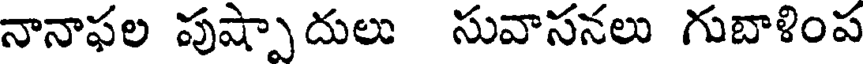
నానాఫల పుష్పాదులు సువాసనలు గుబాళింప